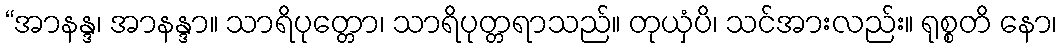
“အာနန္ဒ၊ အာနန္ဒာ။ သာရိပုတ္တော၊ သာရိပုတ္တရာသည်။ တုယှံပိ၊ သင်အားလည်း။ ရုစ္စတိ နော၊